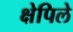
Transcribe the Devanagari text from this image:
क्षेपिले